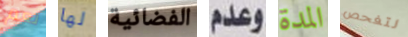
نعم لها الفضائية وعدم المدة لتفحص